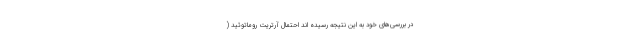
در بررسی‌های خود به این نتیجه رسیده اند احتمال آرتریت روماتوئید (